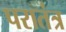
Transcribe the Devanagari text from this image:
परातंत्र